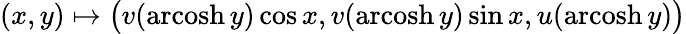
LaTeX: (x,y)\mapsto{\big(}v(\operatorname{arcosh}y)\cos x,v(\operatorname{arcosh}y)\sin x,u(\operatorname{arcosh}y){\big)}